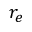
r _ { e }